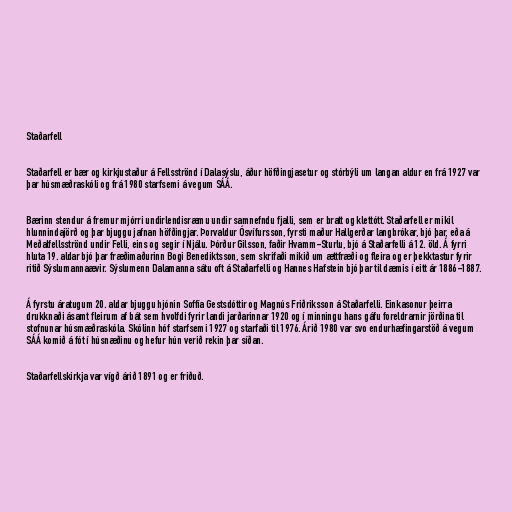
Staðarfell

Staðarfell er bær og kirkjustaður á Fellsströnd í Dalasýslu, áður höfðingjasetur og stórbýli um langan aldur en frá 1927 var
þar húsmæðraskóli og frá 1980 starfsemi á vegum SÁÁ.

Bærinn stendur á fremur mjórri undirlendisræmu undir samnefndu fjalli, sem er bratt og klettótt. Staðarfell er mikil
hlunnindajörð og þar bjuggu jafnan höfðingjar. Þorvaldur Ósvífursson, fyrsti maður Hallgerðar langbrókar, bjó þar, eða á
Meðalfellsströnd undir Felli, eins og segir í Njálu. Þórður Gilsson, faðir Hvamm-Sturlu, bjó á Staðarfelli á 12. öld. Á fyrri
hluta 19. aldar bjó þar fræðimaðurinn Bogi Benediktsson, sem skrifaði mikið um ættfræði og fleira og er þekktastur fyrir
ritið Sýslumannaævir. Sýslumenn Dalamanna sátu oft á Staðarfelli og Hannes Hafstein bjó þar til dæmis í eitt ár 1886-1887.

Á fyrstu áratugum 20. aldar bjuggu hjónin Soffía Gestsdóttir og Magnús Friðriksson á Staðarfelli. Einkasonur þeirra
drukknaði ásamt fleirum af bát sem hvolfdi fyrir landi jarðarinnar 1920 og í minningu hans gáfu foreldrarnir jörðina til
stofnunar húsmæðraskóla. Skólinn hóf starfsemi 1927 og starfaði til 1976. Árið 1980 var svo endurhæfingarstöð á vegum
SÁÁ komið á fót í húsnæðinu og hefur hún verið rekin þar síðan.

Staðarfellskirkja var vígð árið 1891 og er friðuð.